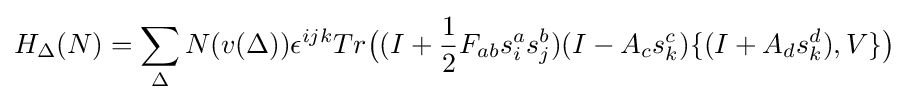
H_{\Delta }(N)=\sum _{\Delta }N(v(\Delta ))\epsilon ^{ijk}Tr{\big (}(I+{1 \over 2}F_{ab}s_{i}^{a}s_{j}^{b})(I-A_{c}s_{k}^{c})\{(I+A_{d}s_{k}^{d}),V\}{\big )}